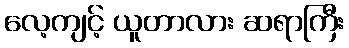
လေ့ကျင့် ယူတာလား ဆရာကြီး